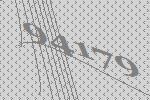
94179